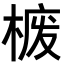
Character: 𪲮